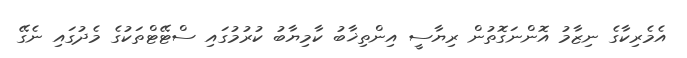
އެމެރިކާގެ ނިޒާމު އޮންނަގޮތުން ރިޔާސީ އިންތިޚާބު ކާމިޔާބު ކުރުމުގައި ސްޓޭޓްތަކުގެ މެދުގައި ނެގޭ